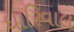
ધારિવાલ